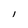
Character: I